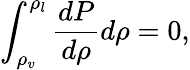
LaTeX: \int_{\rho_{v}}^{\rho_{l}}\frac{dP}{d\rho}d\rho=0,